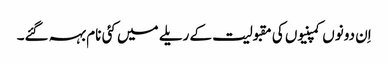
اِن دونوں کمپنیوں کی مقبولیت کے ریلے میں کئی نام بہہ گئے۔